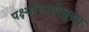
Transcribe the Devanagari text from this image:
पक्ष्यांसाठीसुद्धा